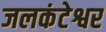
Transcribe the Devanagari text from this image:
जलकंटेश्वर